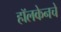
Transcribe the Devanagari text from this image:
हॉलकेनचे